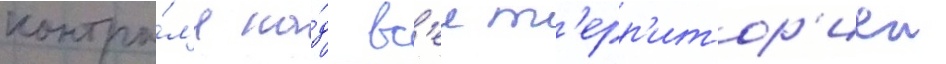
контро́л'я на́д вс'еи т'ерр'итор'иеи